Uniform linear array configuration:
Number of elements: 48
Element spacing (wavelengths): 0.5
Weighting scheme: hann
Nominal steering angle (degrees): -15
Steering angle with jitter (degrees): -15.951
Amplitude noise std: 0.05
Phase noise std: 0.05

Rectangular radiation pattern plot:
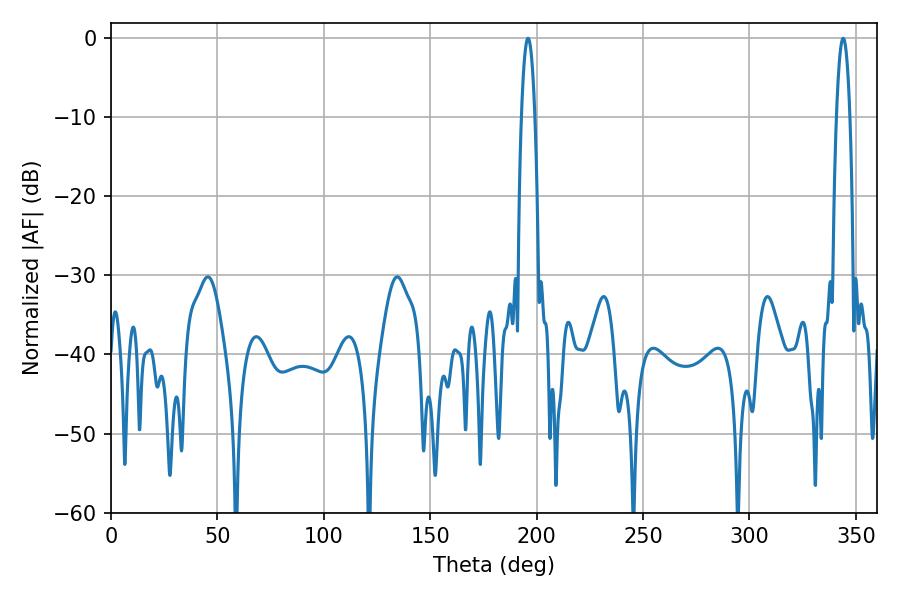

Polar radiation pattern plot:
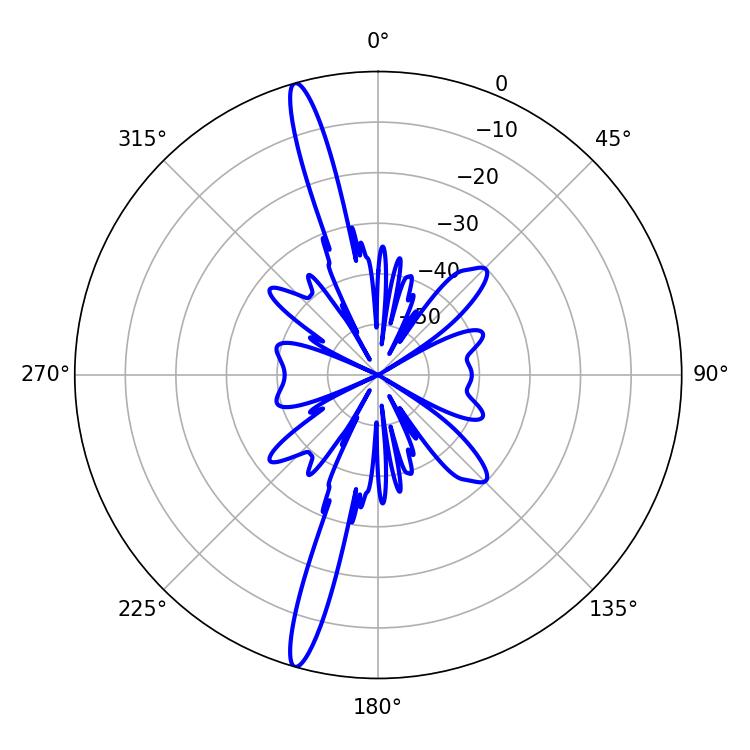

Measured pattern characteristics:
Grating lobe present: FALSE
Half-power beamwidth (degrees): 3.42
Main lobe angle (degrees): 343.98